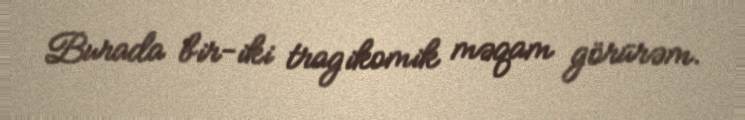
Burada bir-iki tragikomik məqam görürəm.